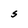
Character: S